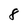
Character: 8